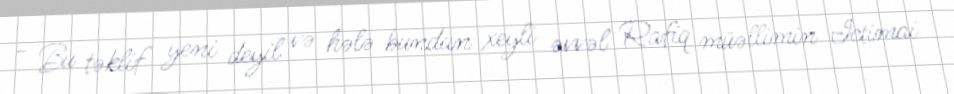
- Bu təklif yeni deyil və hələ bundan xeyli əvvəl Rafiq müəllimin İctimai